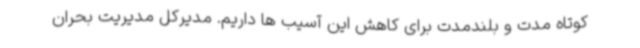
کوتاه مدت و بلندمدت برای کاهش این آسیب ها داریم. مدیرکل مدیریت بحران